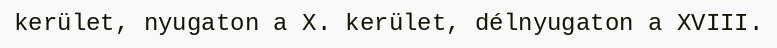
kerület, nyugaton a X. kerület, délnyugaton a XVIII.